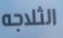
الثلاجه